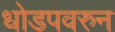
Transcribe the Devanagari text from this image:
धोडपवरुन